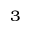
^ 3